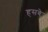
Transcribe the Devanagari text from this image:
हसबे